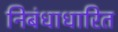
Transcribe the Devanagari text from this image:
निबंधाधारित